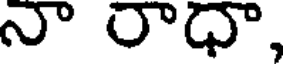
నా రాధా,